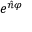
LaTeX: e ^ { { \hat { n } } \varphi }